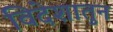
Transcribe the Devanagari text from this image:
विदेशातुन